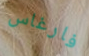
فارغاس